Leaving Certificate Examination (including Day School Certificate (Higher) General paper), 1934
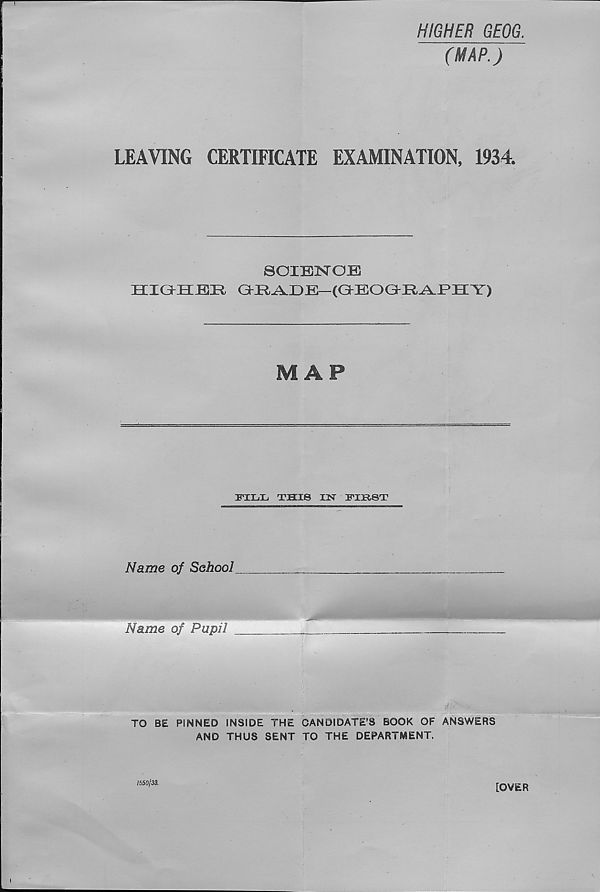
p'^wias \ T
¥ ‘zz'r y :;:
m:
OUTR
' Lifeboat St
V J?* Br -\
hfa*'
, Cefo -yt-- Owetvi
% lUsl
( Cet'ujyi
GorRwyrv
, (Slatej
' {M isiLjai-y
‘’a.*' ?' 1 ]
tBARMOUTH \JUNGTION IxysrA. jei
)ixun
\\B37.<??jr
J Jy£
Crovnx CtrpyrigJir Resexrved .
Scale of One Incli to One Statute Mile -eaW
2
3
Ordnance Survey 1933.
F
2
0
=F 3
'
5
8 Kilometre.^